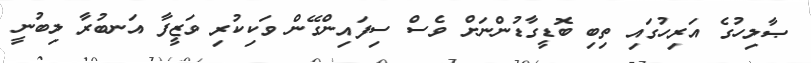
ޞާލިހުގެ އަރިހުގައި ތިބި ބޮޑީގާޑުންނަށް ވެސް ސިފައިންގޭން ވަކިކުރި ވަޒީފާ އަނބުރާ ލިބުނީ